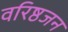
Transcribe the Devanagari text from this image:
वरिष्ठजन